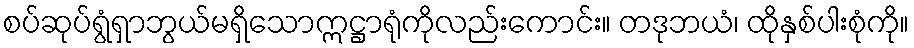
စပ်ဆုပ်ရွံရှာဘွယ်မရှိသောဣဋ္ဌာရုံကိုလည်းကောင်း။ တဒုဘယံ၊ ထိုနှစ်ပါးစုံကို။